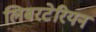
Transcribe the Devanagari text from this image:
लिबरटेरियन